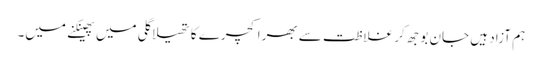
ہم آزاد ہیں جان بوجھ کر غلاظت سے بھرا کچرے کا تھیلا گلی میں پھینکنے میں۔